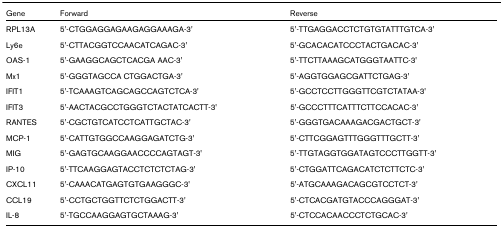
<table><thead><tr><td><b>Gene</b></td><td><b>Forward</b></td><td><b>Reverse</b></td></tr></thead><tbody><tr><td>RPL13A</td><td>5&#x27;-CTGGAGGAGAAGAGGAAAGA-3&#x27;</td><td>5&#x27;-TTGAGGACCTCTGTGTATTTGTCA-3&#x27;</td></tr><tr><td>Ly6e</td><td>5&#x27;-CTTACGGTCCAACATCAGAC-3&#x27;</td><td>5&#x27;-GCACACATCCCTACTGACAC-3&#x27;</td></tr><tr><td>OAS-1</td><td>5&#x27;-GAAGGCAGCTCACGA AAC-3&#x27;</td><td>5&#x27;-TTCTTAAAGCATGGGTAATTC-3&#x27;</td></tr><tr><td>Mx1</td><td>5&#x27;-GGGTAGCCA CTGGACTGA-3&#x27;</td><td>5&#x27;-AGGTGGAGCGATTCTGAG-3&#x27;</td></tr><tr><td>IFIT1</td><td>5&#x27;-TCAAAGTCAGCAGCCAGTCTCA-3&#x27;</td><td>5&#x27;-GCCTCCTTGGGTTCGTCTATAA-3&#x27;</td></tr><tr><td>IFIT3</td><td>5&#x27;-AACTACGCCTGGGTCTACTATCACTT-3&#x27;</td><td>5&#x27;-GCCCTTTCATTTCTTCCACAC-3&#x27;</td></tr><tr><td>RANTES</td><td>5&#x27;-CGCTGTCATCCTCATTGCTAC-3&#x27;</td><td>5&#x27;-GGGTGACAAAGACGACTGCT-3&#x27;</td></tr><tr><td>MCP-1</td><td>5&#x27;-CATTGTGGCCAAGGAGATCTG-3&#x27;</td><td>5&#x27;-CTTCGGAGTTTGGGTTTGCTT-3&#x27;</td></tr><tr><td>MIG</td><td>5&#x27;-GAGTGCAAGGAACCCCAGTAGT-3&#x27;</td><td>5&#x27;-TTGTAGGTGGATAGTCCCTTGGTT-3&#x27;</td></tr><tr><td>IP-10</td><td>5&#x27;-TTCAAGGAGTACCTCTCTCTAG-3&#x27;</td><td>5&#x27;-CTGGATTCAGACATCTCTTCTC-3&#x27;</td></tr><tr><td>CXCL11</td><td>5&#x27;-CAAACATGAGTGTGAAGGGC-3&#x27;</td><td>5&#x27;-ATGCAAAGACAGCGTCCTCT-3&#x27;</td></tr><tr><td>CCL19</td><td>5&#x27;-CCTGCTGGTTCTCTGGACTT-3&#x27;</td><td>5&#x27;-CTCACGATGTACCCAGGGAT-3&#x27;</td></tr><tr><td>IL-8</td><td>5&#x27;-TGCCAAGGAGTGCTAAAG-3&#x27;</td><td>5&#x27;-CTCCACAACCCTCTGCAC-3&#x27;</td></tr></tbody></table>